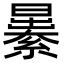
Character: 㬧